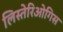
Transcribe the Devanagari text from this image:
लिस्तेरिओगिस